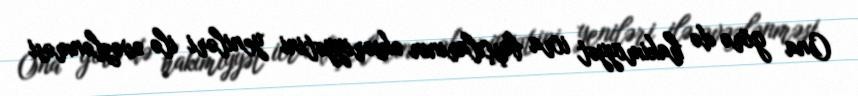
Ona görə də hakimiyyət icra başçılarının əksəriyyətini yeniləri ilə əvəzlənməsi